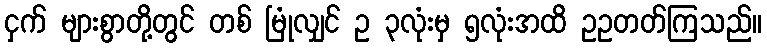
ငှက် များစွာတို့တွင် တစ် မြုံလျှင် ဥ ၃လုံးမှ ၅လုံးအထိ ဥဥတတ်ကြသည်။